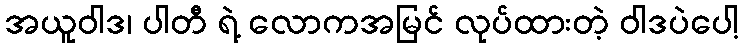
အယူဝါဒ၊ ပါတီ ရဲ့ လောကအမြင် လုပ်ထားတဲ့ ဝါဒပဲပေါ့